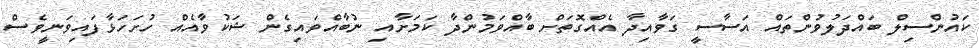
ކައުންސިލް ބައްދަލުވުންތައް އަސާސީ ގަވާއިދާ އެއްގޮތަށް ބާއްވަމުންދާ ކަމަށާއި ނުބާއްވައިގެން ޝަކުވާއެއް ހުށަހަޅާފައިވަނީވެސް